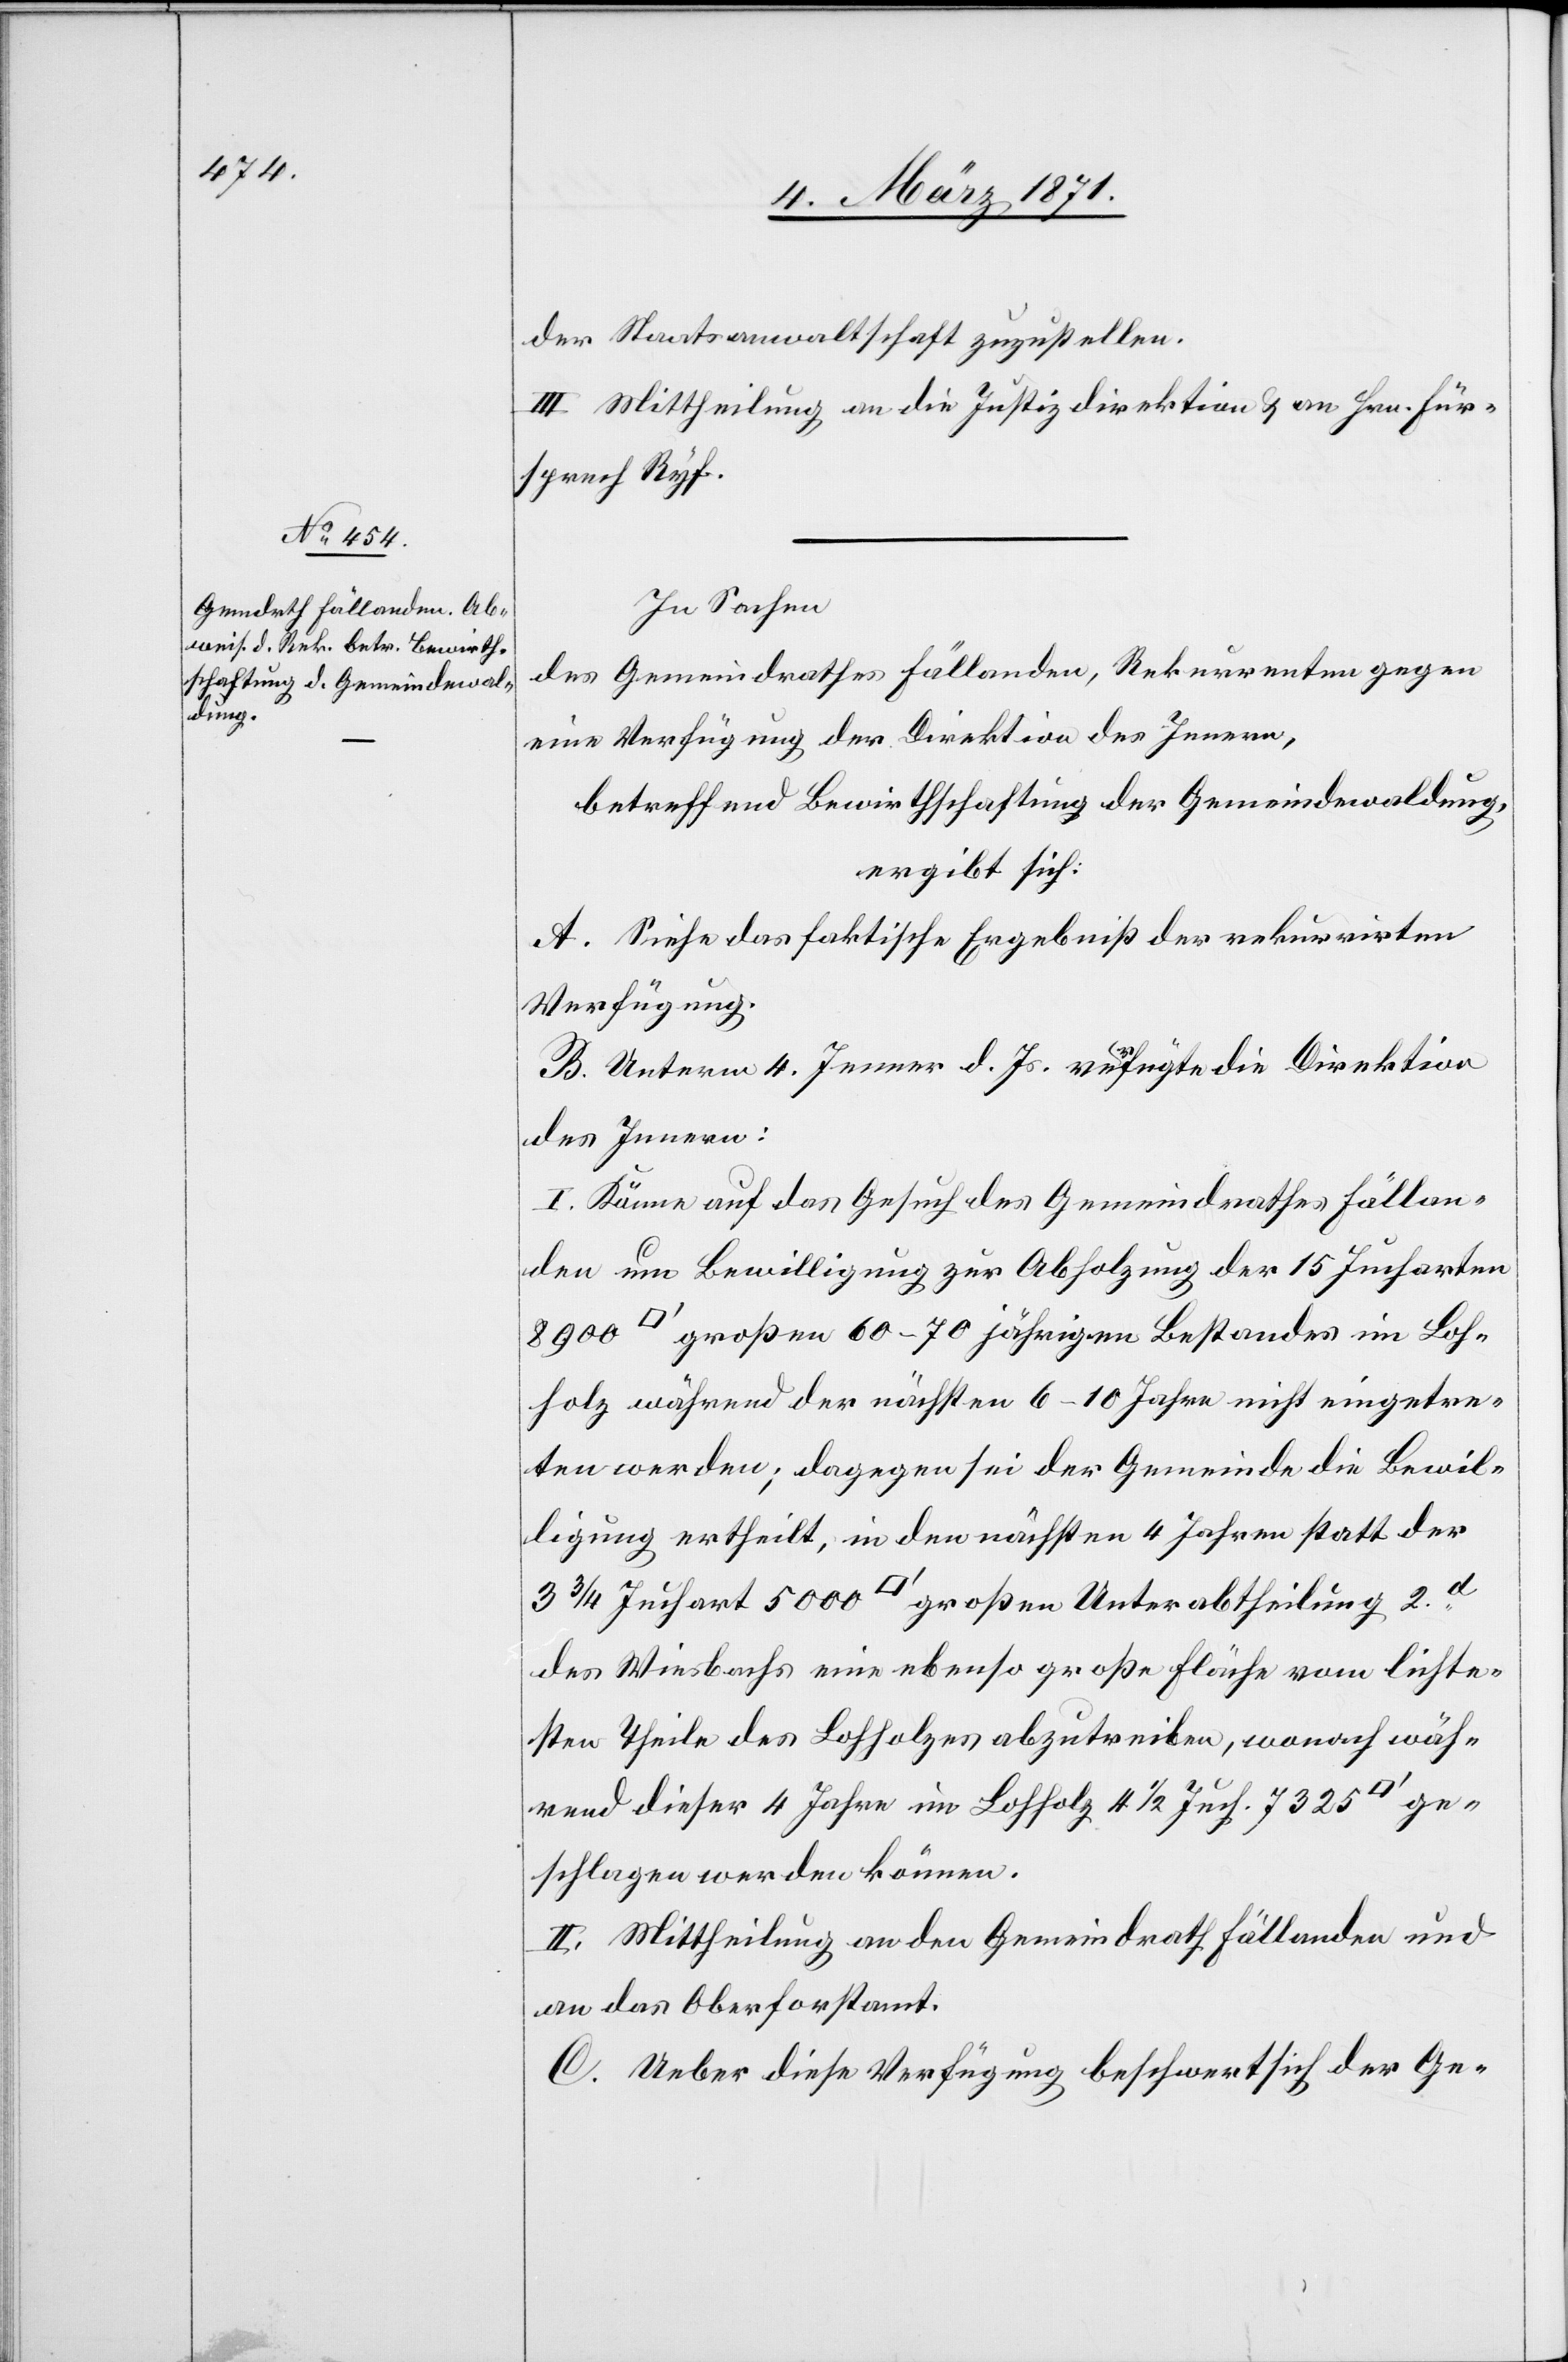
der Staatsanwaltschaft zuzustellen.
III. Mittheilung an die Justizdirektion u. an Hrn. Für¬
sprech Ryf.
In Sachen
des Gemeindrathes Fällanden, Rekurrenten gegen
eine Verfügung der Direktion des Innern,
betreffend Bewirthschaftung der Gemeindewaldung,
ergibt sich:
A. Siehe das faktische Ergebniß der rekurrirten
Verfügung.
B. Unterm 4. Jenner d. Js. verfügte die Direktion
des Innern:
I. Könne auf das Gesuch des Gemeindrathes Fällan¬
den um Bewilligung zur Abholzung der 15 Jucharten
großen 60–70 jährigen Bestandes im Loh¬
holz während der nächsten 6–10 Jahren nicht eingetre¬
ten werden; dagegen sei der Gemeinde die Bewil¬
ligung ertheilt, in den nächsten 4 Jahren statt der
des Wiesbaches eine ebenso große Fläche vom lichte¬
sten Theile des Lohholzes abzutreiben, wonach wäh¬
rend dieser 4 Jahre im Lohholz 4 1/2 Juch. 7325
geschlagen werden können.
II. Mittheilung an den Gemeindrath Fällanden und
an das Oberforstamt.
C. Ueber diese Verfügung beschwert sich der Ge-